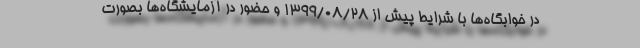
در خوابگاه‌ها با شرایط پیش از ۱۳۹۹/۰۸/۲۸ و حضور در آزمایشگاه‌ها بصورت